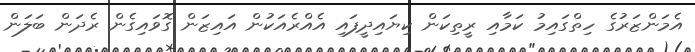
އެމަންޒަރުގެ ހިތްގައިމު ކަމާއި ރީތިކަން ކިޔައިދީފައި އެއްރެއަކުން އައިޒަން ގޮވައިގެން ރެދަން ބަލަން